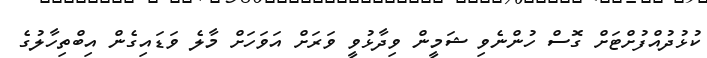
ކުޅުދުއްފުށްޓަށް ގޮސް ހުންނެވި ޝަމީން ވިދާޅުވީ ވަރަށް އަވަހަށް މާލެ ވަޑައިގެން އިބްތިހާލުގެ